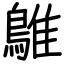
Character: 鵻